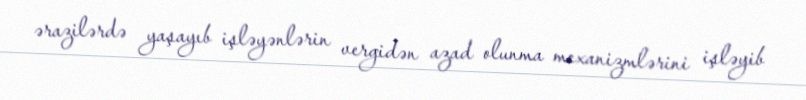
ərazilərdə yaşayıb işləyənlərin vergidən azad olunma mexanizmlərini işləyib